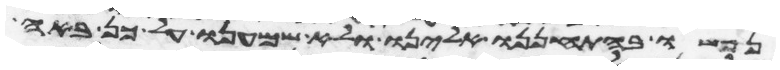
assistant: נפשו בהתחננו אלינו ולא שמענו על כן באה